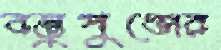
বস্তুপুঞ্জের